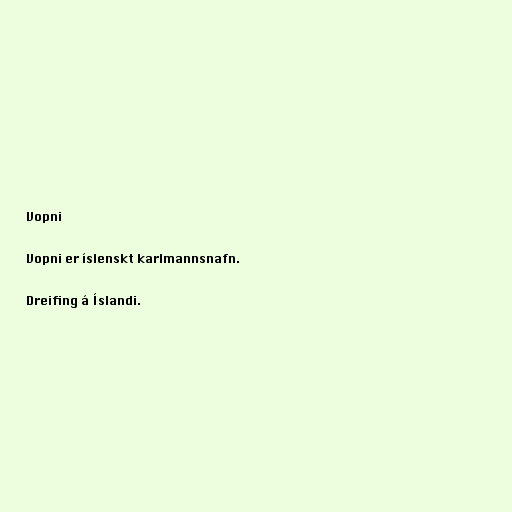
Vopni

Vopni er íslenskt karlmannsnafn.

Dreifing á Íslandi.